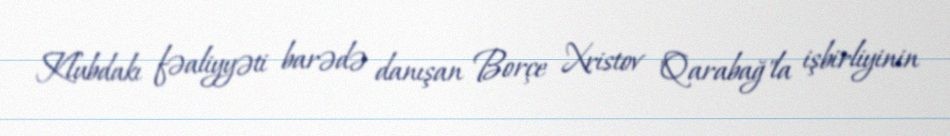
Klubdakı fəaliyyəti barədə danışan Borçe Xristov "Qarabağ"la işbirliyinin